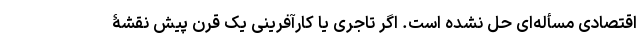
اقتصادی مسأله‌ای حل نشده است. اگر تاجری یا کارآفرینی یک قرن پیش نقشۀ